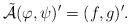
LaTeX: \begin{align*}\tilde{\mathcal{A}} (\varphi, \psi)' = (f, g)'.\end{align*}